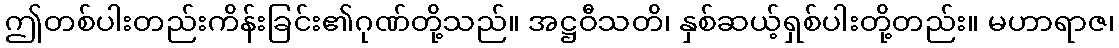
ဤတစ်ပါးတည်းကိန်းခြင်း၏ဂုဏ်တို့သည်။ အဋ္ဌဝီသတိ၊ နှစ်ဆယ့်ရှစ်ပါးတို့တည်း။ မဟာရာဇ၊